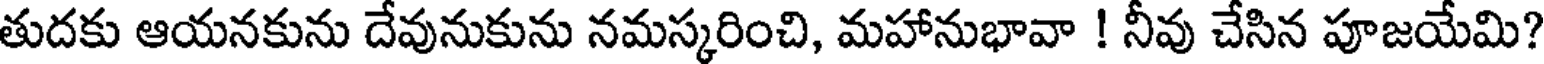
తుదకు ఆయనకును దేవునుకును నమస్కరించి, మహానుభావా ! నీవు చేసిన పూజయేమి?